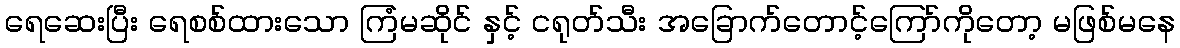
ရေဆေးပြီး ရေစစ်ထားသော ကြံမဆိုင် နှင့် ငရုတ်သီး အခြောက်တောင့်ကြော်ကိုတော့ မဖြစ်မနေ